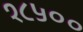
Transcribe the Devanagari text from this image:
१८५००